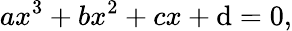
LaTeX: ax^{3}+bx^{2}+cx+\mathrm{d}=0,